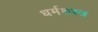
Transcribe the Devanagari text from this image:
धर्मशस्त्र